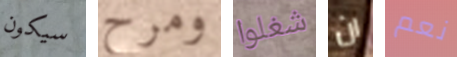
سيكون ومرح شغلوا ان نعم